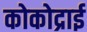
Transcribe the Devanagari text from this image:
कोकोद्राई